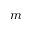
m